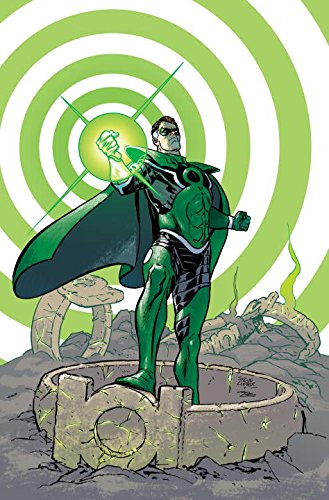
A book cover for Convergence: Zero Hour Book Two; Keith Giffen; Comics & Graphic Novels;